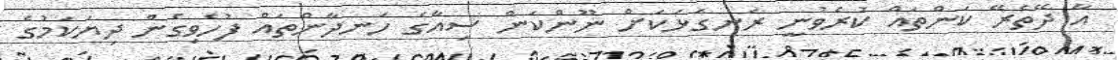
އާ ދޭތެރޭ ކަންތައް ކުރެވުނީ ރަނގަޅަކަށް ނޫންކަން ސިއާގެ ހަނދާންތައް ފުހެވިގެން ދިޔަކަމުގެ